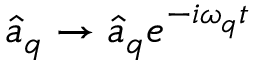
\hat { a } _ { q } \to \hat { a } _ { q } e ^ { - i \omega _ { q } t }